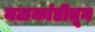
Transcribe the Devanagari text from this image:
नळकांडीतून